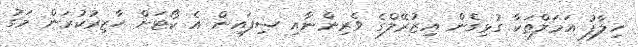
ހިލާފު އަމަލްތަކާ ގުޅިގެން އިޒުރޭލްގެ ވެރިންނާއި ސިފައިން އެ ކޯޓަށް ހާޒިރުކުރަން މަގު